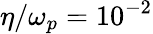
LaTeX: \eta/\omega_{p}=10^{-2}